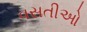
વસતીઓ